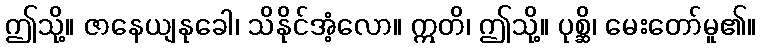
ဤသို့။ ဇာနေယျနုခေါ၊ သိနိုင်အံ့လော။ ဣတိ၊ ဤသို့။ ပုစ္ဆိ၊ မေးတော်မူ၏။